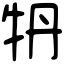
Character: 𤘪